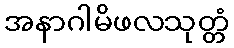
အနာဂါမိဖလသုတ္တံ